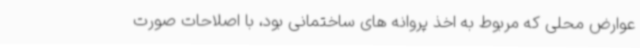
عوارض محلی که مربوط به اخذ پروانه های ساختمانی بود، با اصلاحات صورت